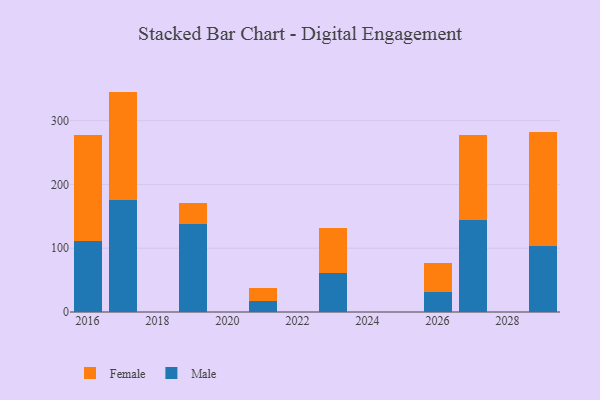
{"axis": {"x": "Year", "y": "Tickets Resolved"}, "legend": ["Female", "Male"], "data": [{"x": "2016", "y": 111.1, "type": "Male"}, {"x": "2016", "y": 167.0, "type": "Female"}, {"x": "2021", "y": 17.3, "type": "Male"}, {"x": "2021", "y": 20.2, "type": "Female"}, {"x": "2017", "y": 175.7, "type": "Male"}, {"x": "2017", "y": 169.9, "type": "Female"}, {"x": "2027", "y": 144.8, "type": "Male"}, {"x": "2027", "y": 133.4, "type": "Female"}, {"x": "2026", "y": 31.2, "type": "Male"}, {"x": "2026", "y": 45.3, "type": "Female"}, {"x": "2029", "y": 103.3, "type": "Male"}, {"x": "2029", "y": 178.2, "type": "Female"}, {"x": "2023", "y": 60.4, "type": "Male"}, {"x": "2023", "y": 71.4, "type": "Female"}, {"x": "2019", "y": 138.1, "type": "Male"}, {"x": "2019", "y": 33.1, "type": "Female"}]}